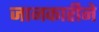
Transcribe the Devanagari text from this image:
जानकारीने